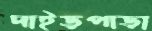
দাইড়পাড়া